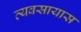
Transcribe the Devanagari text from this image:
व्‍यवसायास